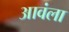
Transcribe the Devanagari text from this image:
आवंला